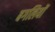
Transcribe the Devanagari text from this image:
बगलियों